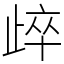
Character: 㱖